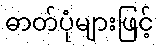
ဓာတ်ပုံများဖြင့်